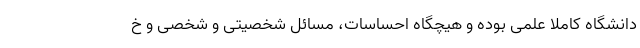
دانشگاه کاملا علمی بوده و هیچگاه احساسات، مسائل شخصیتی و شخصی و خ